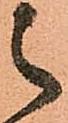
之